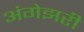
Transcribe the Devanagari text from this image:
अंगेझरी